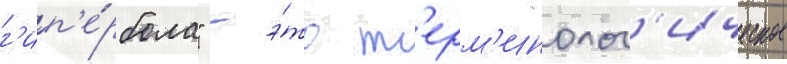
г'ип'е́рбола" - э́то т'ерм'инолог'ическое